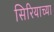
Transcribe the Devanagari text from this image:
सिरियाच्या